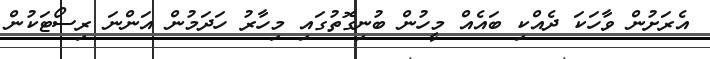
އެރަށުން ވާހަކަ ދެއްކި ބައެއް މީހުން ބުނިގޮތުގައި މިހާރު ހަދަމުން އަންނަ ރިސޯޓަކުން